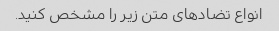
انواع تضادهای متن زیر را مشخص کنید.